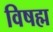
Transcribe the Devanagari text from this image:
विषह्म